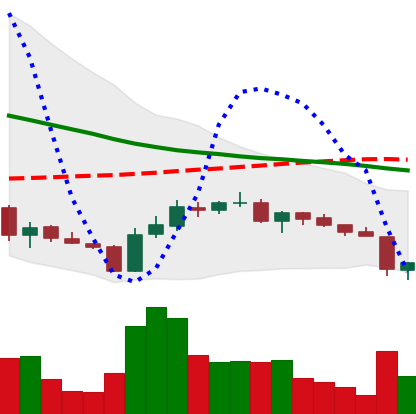
Ticker: ADA-USD
Chart end date: 2018-06-11
Forward return: -10.105%
Label: down_7plus